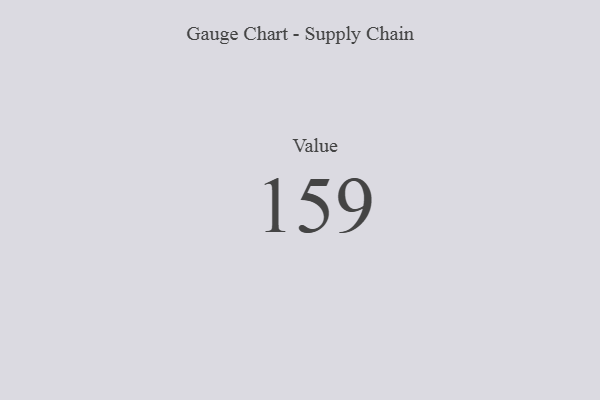
{"axis": {"x": "Metric", "y": "Value"}, "legend": [""], "data": [{"x": "Value", "y": 159, "type": ""}]}